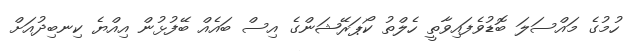
ހުމުގެ މައްސަލަ ބޮޑުވެފައިވާތީ ހެލްތު ކޯޕަރޭޝަންގެ އިސް ބައެއް ބޭފުޅުން އިއްޔެ ކިނބިދުއަށް